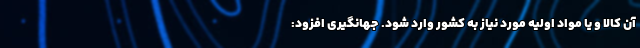
آن کالا و یا مواد اولیه مورد نیاز به کشور وارد شود. جهانگیری افزود: